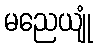
မညေယျုံ